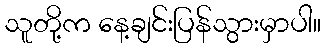
သူတို့က နေ့ချင်းပြန်သွားမှာပါ။